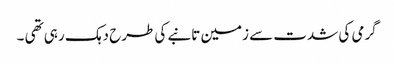
گرمی کی شدت سے زمین تانبے کی طرح دہک رہی تھی ۔